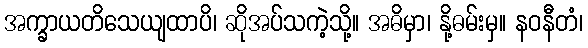
အက္ခာယတိသေယျထာပိ၊ ဆိုအပ်သကဲ့သို့။ အဓိမှာ၊ နို့ဓမ်းမှ။ နဝနီတံ၊